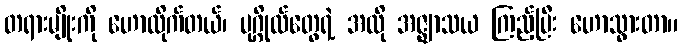
တရားမျိုးကို ဟောလိုက်တယ်၊ ပုဂ္ဂိုလ်တွေရဲ့ အလို အဇ္ဈာသယ ကြည့်ပြီး ဟောသွားတာ။